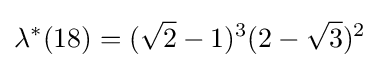
\lambda ^{*}(18)=({\sqrt {2}}-1)^{3}(2-{\sqrt {3}})^{2}